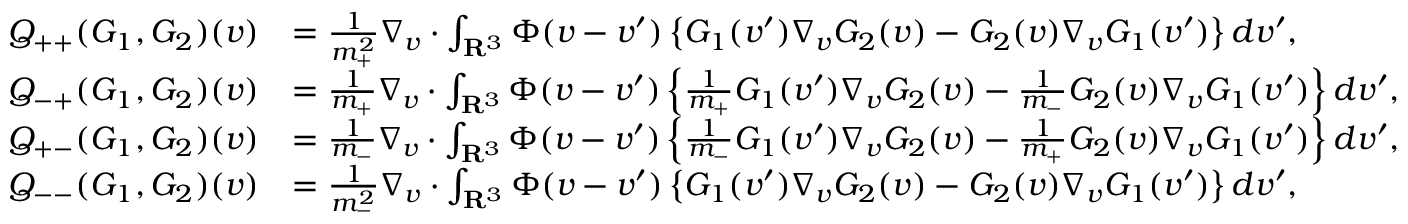
\begin{array} { r l } { Q _ { + + } ( G _ { 1 } , G _ { 2 } ) ( v ) } & { = \frac { 1 } { m _ { + } ^ { 2 } } \nabla _ { v } \cdot \int _ { \mathbf R ^ { 3 } } \Phi ( v - v ^ { \prime } ) \left\{ G _ { 1 } ( v ^ { \prime } ) \nabla _ { v } G _ { 2 } ( v ) - G _ { 2 } ( v ) \nabla _ { v } G _ { 1 } ( v ^ { \prime } ) \right\} d v ^ { \prime } , } \\ { Q _ { - + } ( G _ { 1 } , G _ { 2 } ) ( v ) } & { = \frac { 1 } { m _ { + } } \nabla _ { v } \cdot \int _ { \mathbf R ^ { 3 } } \Phi ( v - v ^ { \prime } ) \left\{ \frac { 1 } { m _ { + } } G _ { 1 } ( v ^ { \prime } ) \nabla _ { v } G _ { 2 } ( v ) - \frac { 1 } { m _ { - } } G _ { 2 } ( v ) \nabla _ { v } G _ { 1 } ( v ^ { \prime } ) \right\} d v ^ { \prime } , } \\ { Q _ { + - } ( G _ { 1 } , G _ { 2 } ) ( v ) } & { = \frac { 1 } { m _ { - } } \nabla _ { v } \cdot \int _ { \mathbf R ^ { 3 } } \Phi ( v - v ^ { \prime } ) \left\{ \frac { 1 } { m _ { - } } G _ { 1 } ( v ^ { \prime } ) \nabla _ { v } G _ { 2 } ( v ) - \frac { 1 } { m _ { + } } G _ { 2 } ( v ) \nabla _ { v } G _ { 1 } ( v ^ { \prime } ) \right\} d v ^ { \prime } , } \\ { Q _ { -- } ( G _ { 1 } , G _ { 2 } ) ( v ) } & { = \frac { 1 } { m _ { - } ^ { 2 } } \nabla _ { v } \cdot \int _ { \mathbf R ^ { 3 } } \Phi ( v - v ^ { \prime } ) \left\{ G _ { 1 } ( v ^ { \prime } ) \nabla _ { v } G _ { 2 } ( v ) - G _ { 2 } ( v ) \nabla _ { v } G _ { 1 } ( v ^ { \prime } ) \right\} d v ^ { \prime } , } \end{array}